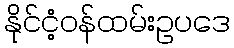
နိုင်ငံ့ဝန်ထမ်းဥပဒေ